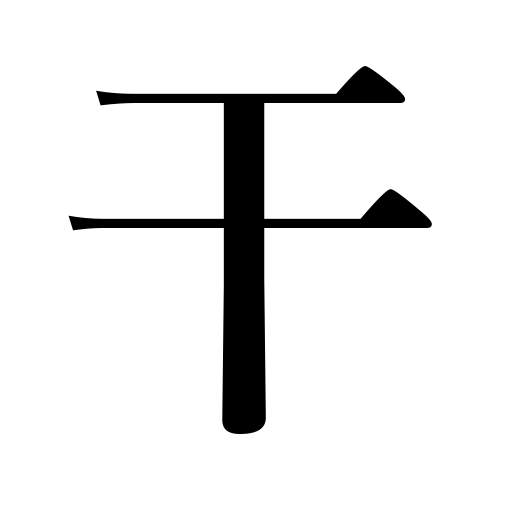
Meanings: drink up,desiccate,ebb,drain off,dry up,recede,get dry,parch,dry